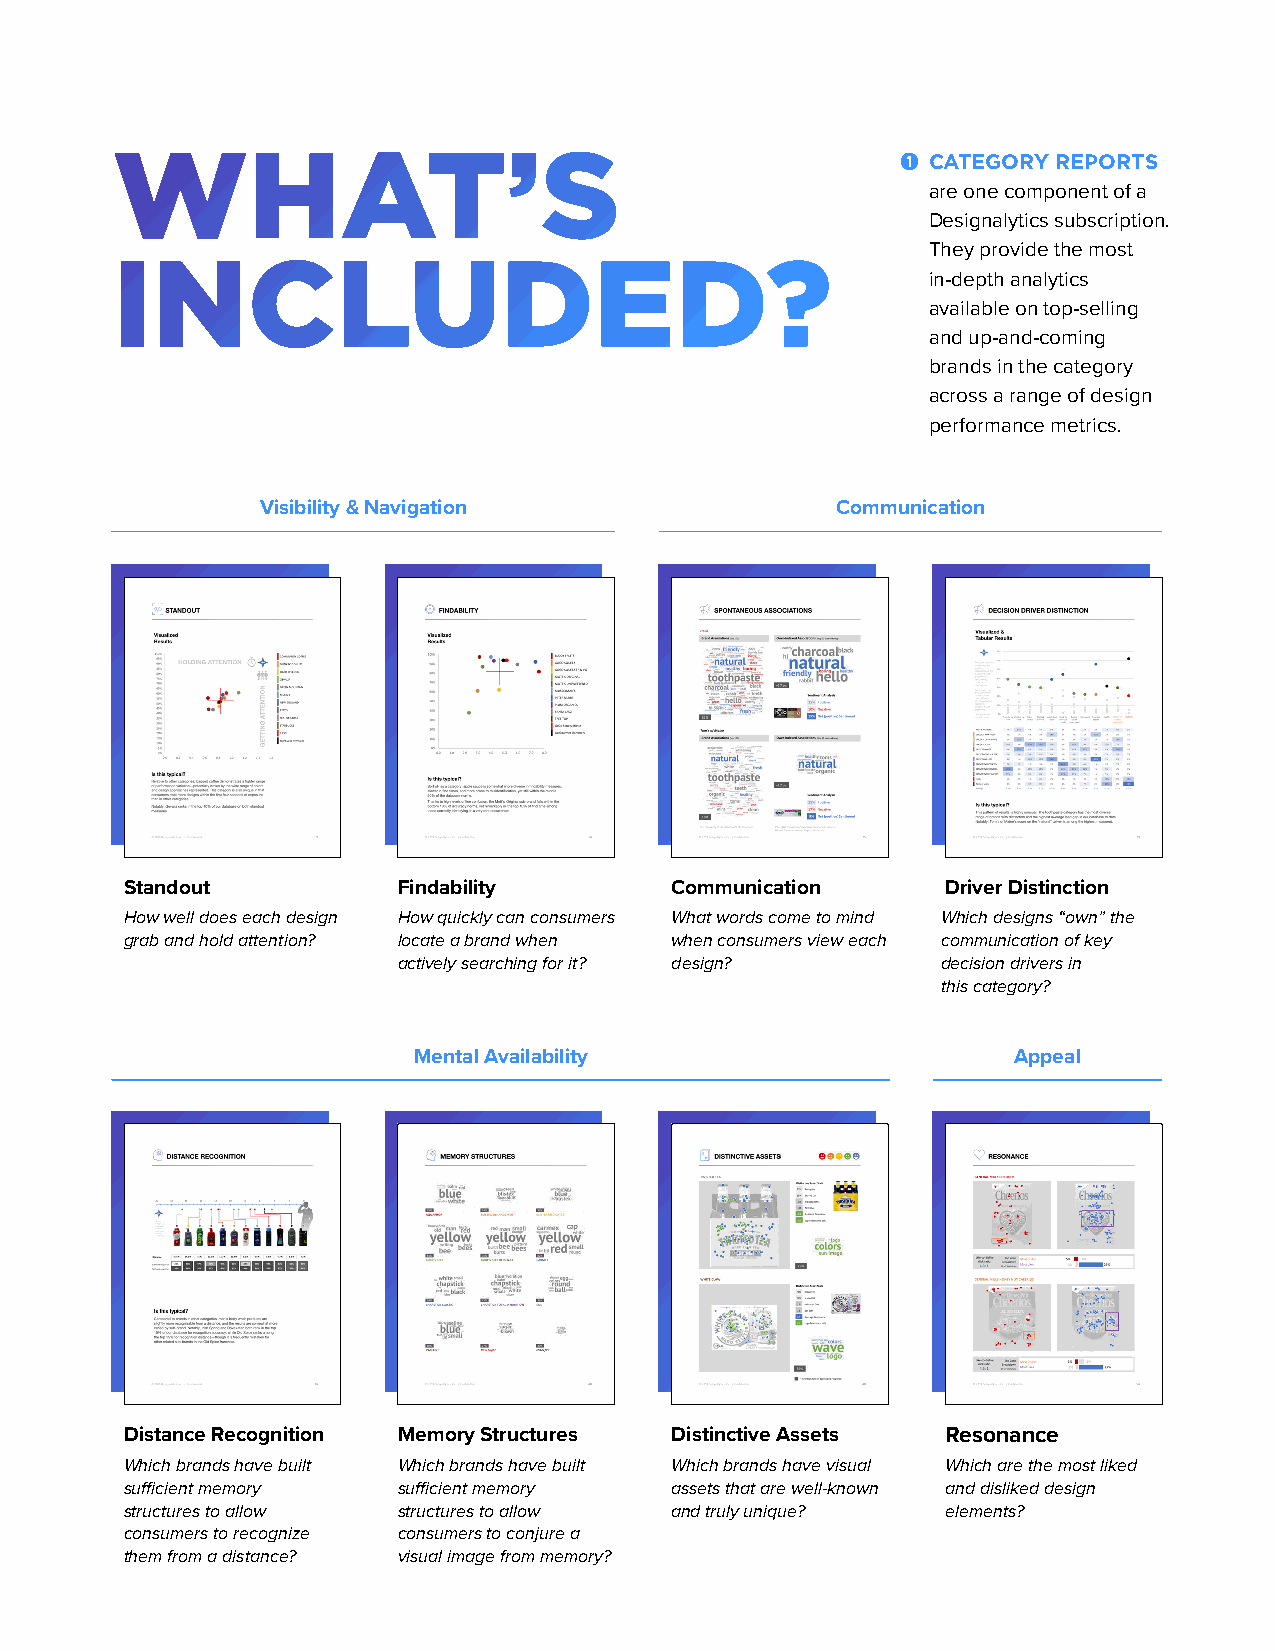
WHAT’S                                               1 CATEGORY REPORTS
 are one component of a
 Designalytics subscription.
 They provide the most
 INCLUDED?
 in-depth analytics
 available on top-selling
 and up-and-coming
 brands in the category
 across a range of design
 performance metrics.
 Visibility & Navigation               Communication
 Standout          Findability       Communication      Driver Distinction
 How well does each design How quickly can consumers What words come to mind Which designs “own” the
 grab and hold attention? locate a brand when when consumers view each communication of key
 actively searching for it? design?  decision drivers in
 this category?
 Mental Availability                     Appeal
 Distance Recognition Memory Structures Distinctive Assets Resonance
 Which brands have built Which brands have built Which brands have visual Which are the most liked
 sufficient memory sufficient memory assets that are well-known and disliked design
 structures to allow structures to allow and truly unique? elements?
 consumers to recognize consumers to conjure a
 them from a distance? visual image from memory?